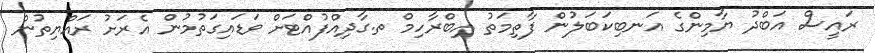
ރައީސް އަބްދު ޔާމިންގެ އަނބިކަބަލުން ފާތިމަތު އިބްރާހިމް ތ.ގާދިއްފުއްޓަށް ވަޑައިގަތުމުން އެރަށު ރައްޔިތުން